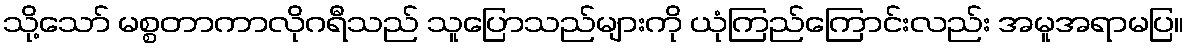
သို့သော် မစ္စတာကာလိုဂရီသည် သူပြောသည်များကို ယုံကြည်ကြောင်းလည်း အမူအရာမပြ။